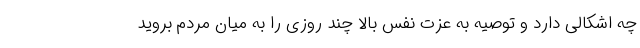
چه اشکالی دارد و توصیه به عزت نفس بالا چند روزی را به میان مردم بروید